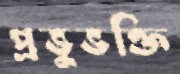
প্রভুভক্তি